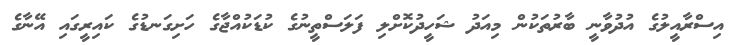
އިސްރާއީލުގެ އުދުވާނީ ބާރުތަކުން މިއަދު ޝަހީދުކޮށްލި ފަލަސްތީނުގެ ކުޑަކުއްޖާގެ ހަށިގަނޑުގެ ކައިރީގައި އޭނާގެ